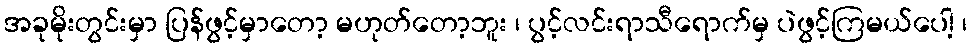
အခုမိုးတွင်းမှာ ပြန်ဖွင့်မှာတော့ မဟုတ်တော့ဘူး ၊ ပွင့်လင်းရာသီရောက်မှ ပဲဖွင့်ကြမယ်ပေါ့ ၊